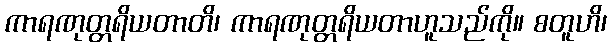
ကာရဏုတ္တရိယတာတိ၊ ကာရဏုတ္တရိယတာဟူသည်ကို။ စတူဟိ၊